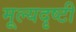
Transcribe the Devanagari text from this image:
मूल्यदृष्टी